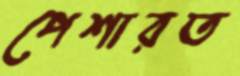
পেশারত